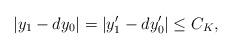
LaTeX: \begin{align*}|y_1-dy_0|=|y'_1-dy_0'|\leq C_K,\end{align*}